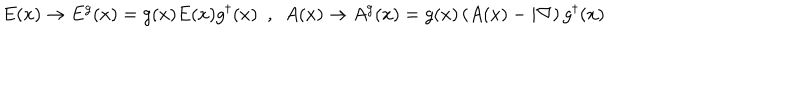
E ( x ) \rightarrow E ^ { g } ( x ) = g ( x ) E ( x ) g ^ { \dagger } ( x ) ~ ~ , ~ ~ A ( x ) \rightarrow A ^ { g } ( x ) = g ( x ) \left( A ( x ) - i \nabla \right) g ^ { \dagger } ( x )